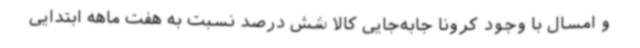
و امسال با وجود کرونا جابه‌جایی کالا شش درصد نسبت به هفت ماهه ابتدایی